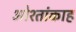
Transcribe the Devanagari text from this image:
ओश्तांकाह